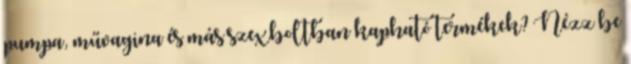
pumpa, művagina és más szexboltban kapható termékek? Nézz be